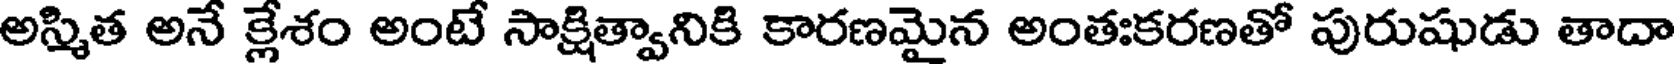
అస్మిత అనే క్లేశం అంటే సాక్షిత్వానికి కారణమైన అంతఃకరణతో పురుషుడు తాదా